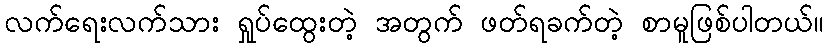
လက်ရေးလက်သား ရှုပ်ထွေးတဲ့ အတွက် ဖတ်ရခက်တဲ့ စာမူဖြစ်ပါတယ်။